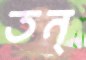
তন্